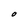
Character: O